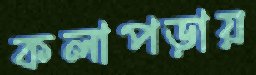
কলাপড়ায়